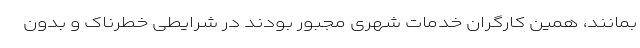
بمانند، همین کارگران خدمات شهری مجبور بودند در شرایطی خطرناک و بدونِ